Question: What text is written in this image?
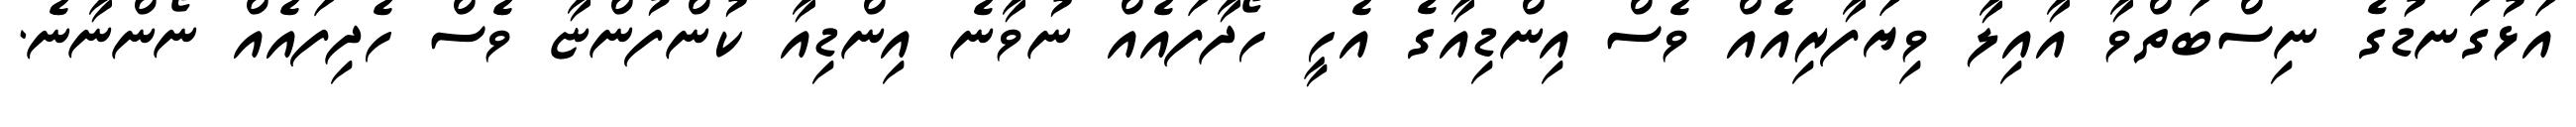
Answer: އަޅުގަނޑުގެ ނިސްބަތްވާ އާއިލާ ވިޔަފާރިއެއް ވެސް އިންޑިއާގެ އެހީ ހޯދާފައެއް ނުވާނެ އިންޑިއާ ކުންފުންޏާ ވެސް ހެދިފައެއް ނޯންނާނެ.